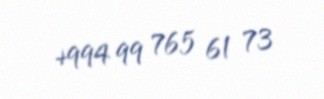
+994 99 765 61 73